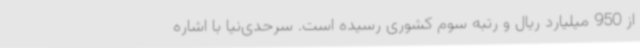
از 950 میلیارد ریال و رتبه سوم کشوری رسیده است. سرحدی‌نیا با اشاره